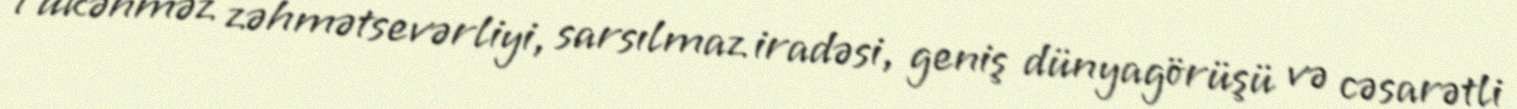
Tükənməz zəhmətsevərliyi, sarsılmaz iradəsi, geniş dünyagörüşü və cəsarətli